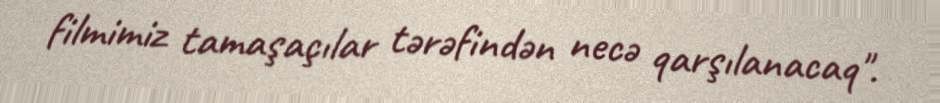
filmimiz tamaşaçılar tərəfindən necə qarşılanacaq".